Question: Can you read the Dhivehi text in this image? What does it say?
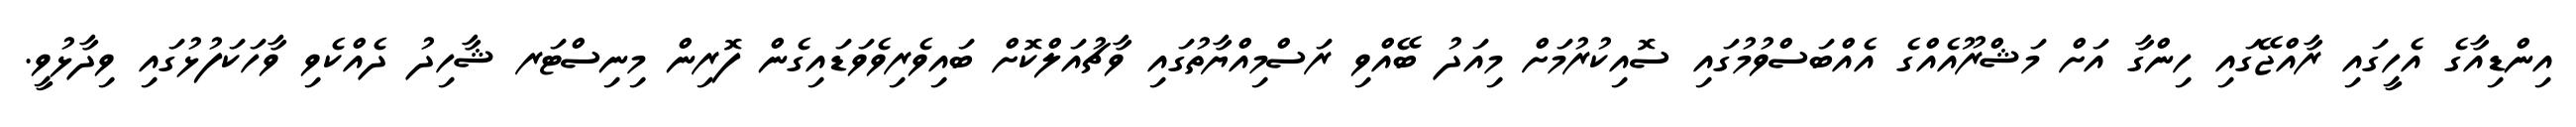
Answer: އިންޑިއާގެ އެހީގައި ރާއްޖޭގައި ހިންގާ އަށް މަޝްރޫއެއްގެ އެއްބަސްވުމުގައި ސޮއިކުރުމަށް މިއަދު ބޭއްވި ރަސްމިއްޔާތުގައި ވާޗުއަލްކޮށް ބައިވެރިވެވަޑައިގެން ފޮރިން މިނިސްޓަރ ޝާހިދު ދެއްކެވި ވާހަކަފުޅުގައި ވިދާޅުވީ.